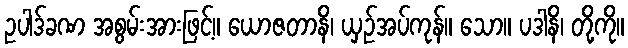
ဥပါဒ်ခဏ အစွမ်းအားဖြင့်။ ယောဇတာနိ၊ ယှဉ်အပ်ကုန်။ သော။ ပဒါနိ၊ တို့ကို။